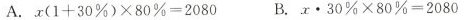
A.$$x ( 1 + 3 0 % ) \times 8 0 % = 2 0 8 0$$ B.$$x \cdot 3 0 % \times 8 0 % = 2 0 8 0$$